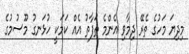
މިދިޔަ މަހުގެ ތެރޭ ދިމާވި އެންމެ ތަފާތު އެއް ކަމަކީ ހުޅަނގު މޫސުމުގެ